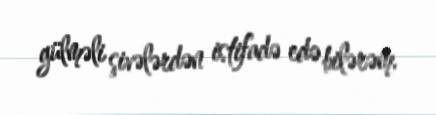
gülməli şivələrdən istifadə edə bilərəm.